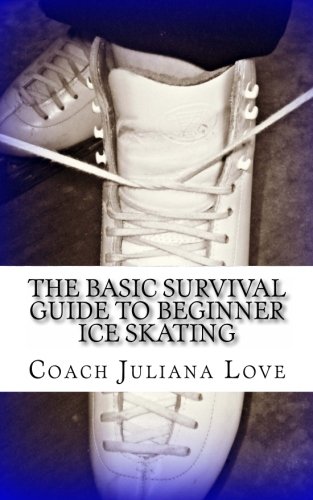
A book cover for The Basic Survival Guide To Beginner Ice Skating; Juliana Love; Sports & Outdoors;